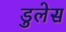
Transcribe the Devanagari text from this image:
डुलेस